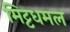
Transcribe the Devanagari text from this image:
मिट्टधमल